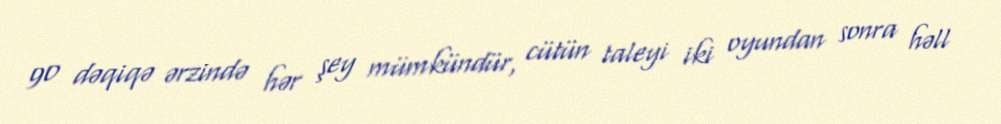
90 dəqiqə ərzində hər şey mümkündür, cütün taleyi iki oyundan sonra həll